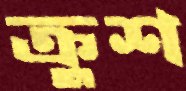
ক্রুশ